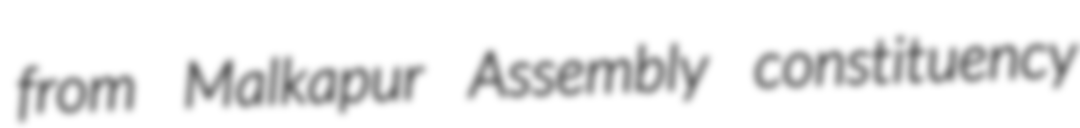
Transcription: from Malkapur Assembly constituency